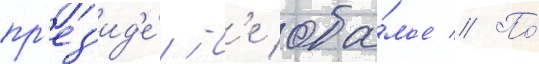
пр'ез'ид'е́нт'е оба́м'е // По́